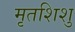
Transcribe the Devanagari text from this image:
मृतशिशु